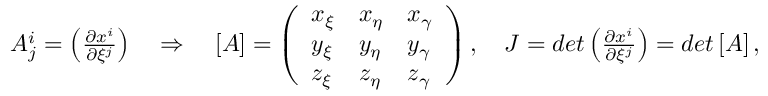
\begin{array} { r } { A _ { j } ^ { i } = \left( \frac { \partial x ^ { i } } { \partial \xi ^ { j } } \right) \quad \Rightarrow \quad \left[ \boldsymbol { A } \right] = \left( \begin{array} { l l l } { x _ { \xi } } & { x _ { \eta } } & { x _ { \gamma } } \\ { y _ { \xi } } & { y _ { \eta } } & { y _ { \gamma } } \\ { z _ { \xi } } & { z _ { \eta } } & { z _ { \gamma } } \end{array} \right) , \quad J = d e t \left( \frac { \partial x ^ { i } } { \partial \xi ^ { j } } \right) = d e t \left[ \boldsymbol { A } \right] , } \end{array}